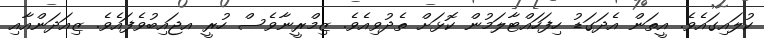
ކުލައިގައެވެ. އީތަން އެދަގަޑު ހިފަހައްޓާލަމުން ކޮޅަށް ތެދުވިއެވެ. ޒިމްރީނާވެސް ހުރީ އޖައިބުވެފައެވެ. ޒިއަދަންއާއި